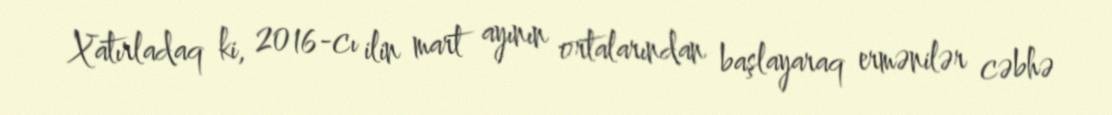
Xatırladaq ki, 2016-cı ilin mart ayının ortalarından başlayaraq ermənilər cəbhə